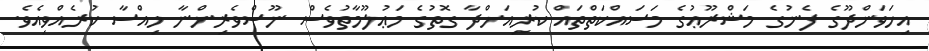
އިހަވަންދޫގެ ފެނުގެ މަޝްރޫޢުގެ މަސައްކަތްތައް ކުރިއަށްދާ ގޮތުގެ މަޢުލޫމާތުވެސް ނޫސްވެރިންނާ ހިއްސާ ކުރެއްވިއެވެ.